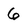
Character: 6